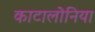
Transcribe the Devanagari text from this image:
काटालोनिया